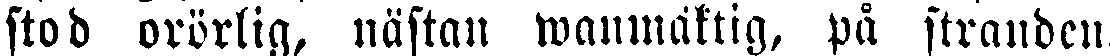
stod orörlig, nästan wanmaktig, på stranden.